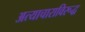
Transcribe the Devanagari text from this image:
अत्याचाराविरूद्ध